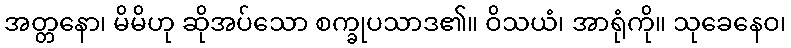
အတ္တနော၊ မိမိဟု ဆိုအပ်သော စက္ခုပသာဒ၏။ ဝိသယံ၊ အာရုံကို။ သုခေနေဝ၊